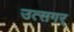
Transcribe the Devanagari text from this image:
उत्सगर्